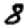
Digit: 8